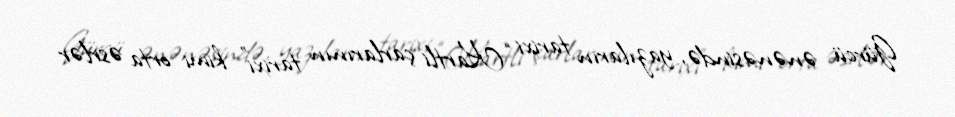
Gürcü ənənəsində, yazıların tarixi “Kartli çarlarının tarixi” kimi orta əsrlər